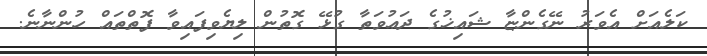
ކަލެއަށް އެވަރު ނޭގެންޏާ ޝައިޚުގެ ދަޢުވަތާ ގުޅޭ ގޮތުން ލިޔެވިފައިވާ ފޮތްތައް ހުންނާނެ.